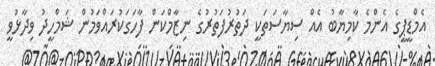
އެމްޑީޕީގެ އެންމެ ކާމިޔާބު އެއް ސިޔާސަތަކީ ދަތުރުފަތުރުގެ ނިޒާމްކަން ފާހަގަކުރައްވަމުން ޝަމްހީދު ވިދާޅުވީ